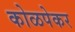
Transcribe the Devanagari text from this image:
कोळपेकर